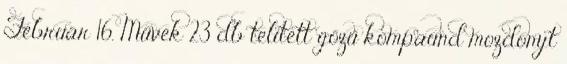
Február 16. Művek 23 db telített gőzű kompaund mozdonyt